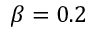
\beta = 0 . 2